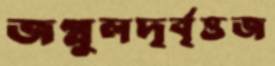
জগ্লুলদৃর্বৃত্তজ